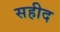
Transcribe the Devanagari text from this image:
सहीद